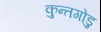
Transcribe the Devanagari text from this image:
कुन्तगोडु